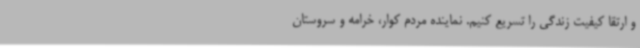
و ارتقا کیفیت زندگی را تسریع کنیم. نماینده مردم کوار، خرامه و سروستان